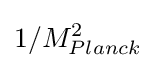
{1}/{M_{Planck}^{2}}